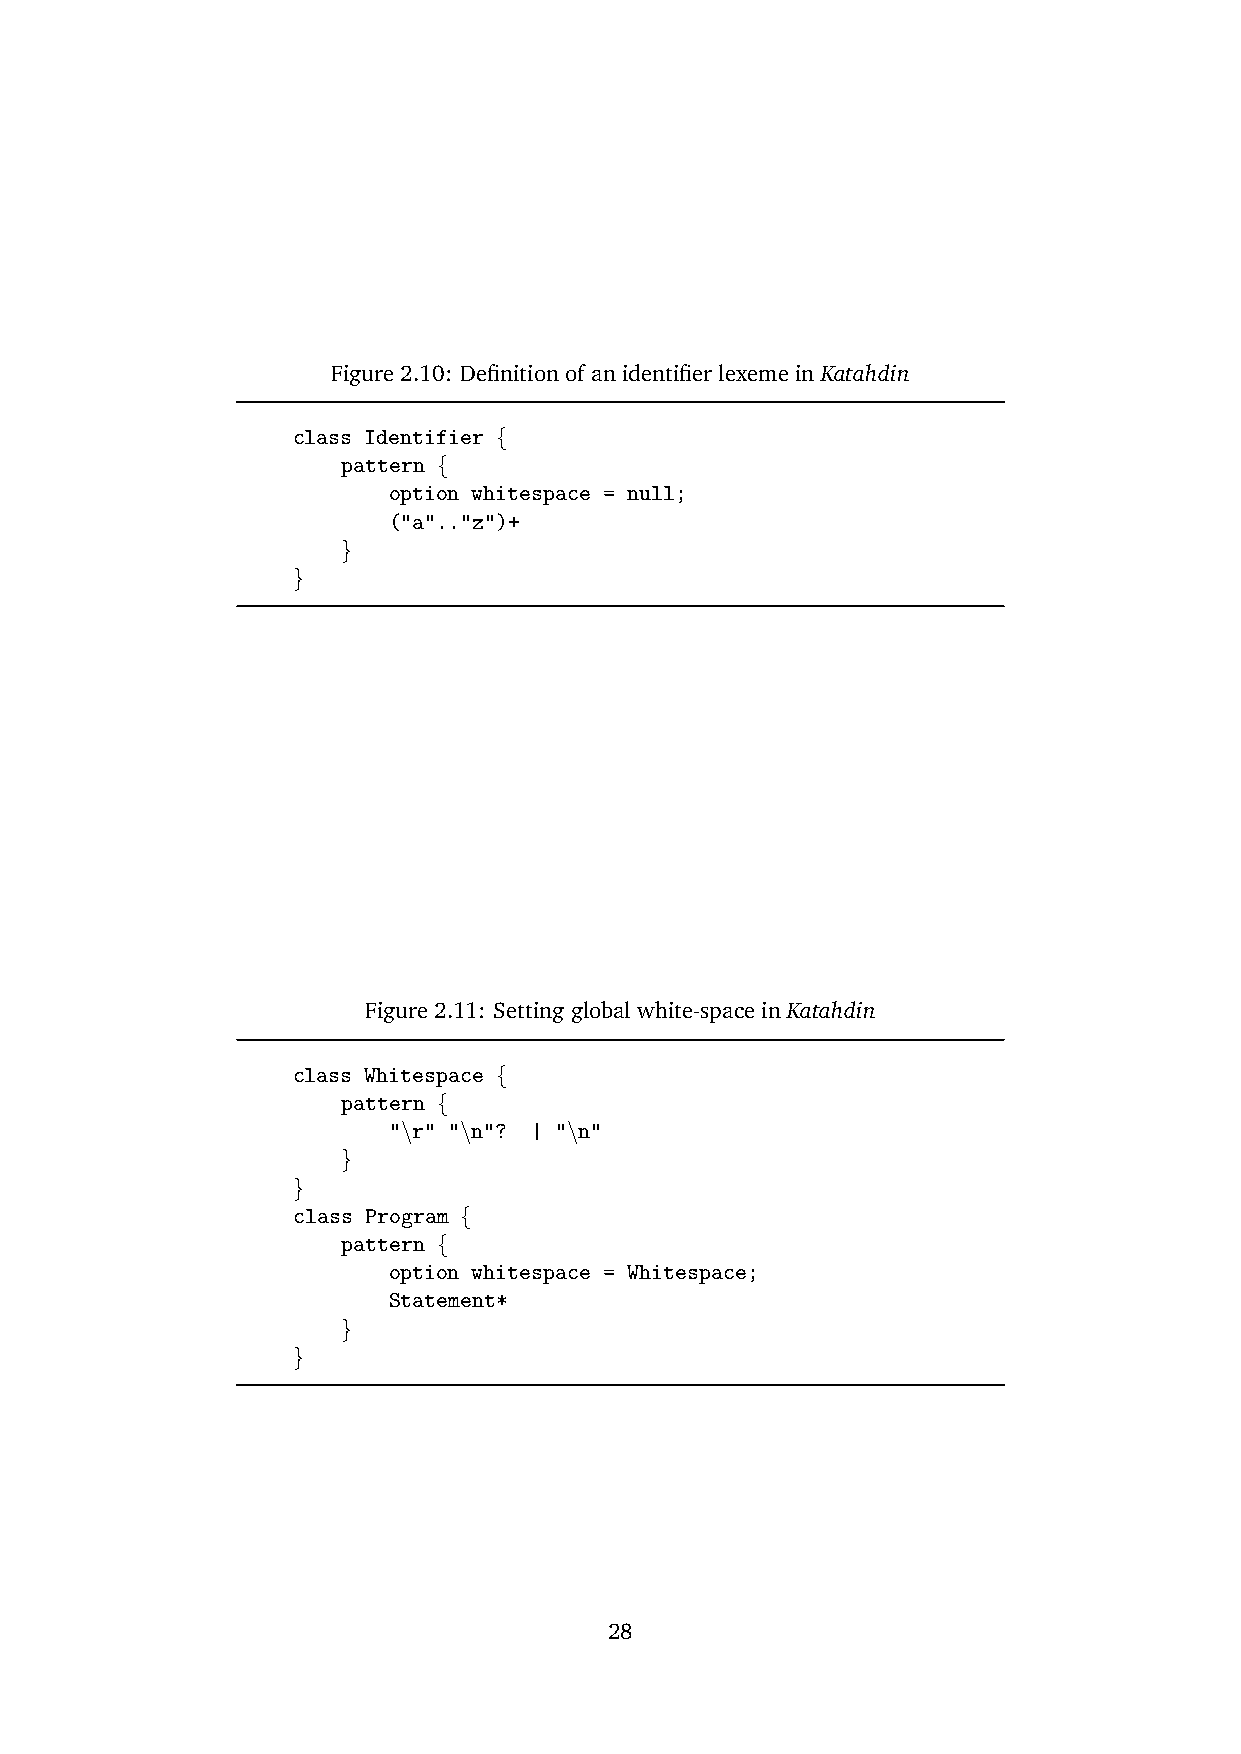
Figure 2.10: Definition of an identifier lexeme in Katahdin
 class Identifier {
 pattern {
 option whitespace = null;
 ("a".."z")+
 }
 }
 Figure 2.11: Setting global white-space in Katahdin
 class Whitespace {
 pattern {
 "\r" "\n"? | "\n"
 }
 }
 class Program {
 pattern {
 option whitespace = Whitespace;
 Statement*
 }
 }
 28